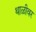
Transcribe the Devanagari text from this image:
थाळीवर